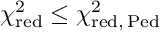
\chi _ { \mathrm { r e d } } ^ { 2 } \leq \chi _ { \mathrm { r e d , \, P e d } } ^ { 2 }